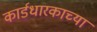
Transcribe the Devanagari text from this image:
कार्डधारकाच्या